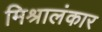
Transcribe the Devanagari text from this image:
मिश्रालंकार